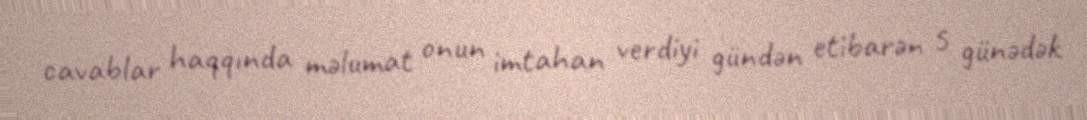
cavablar haqqında məlumat onun imtahan verdiyi gündən etibarən 5 günədək